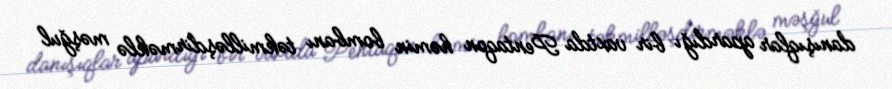
danışıqlar apardığı bir vaxtda Pentaqon həmin bombanı təkmilləşdirməklə məşğul